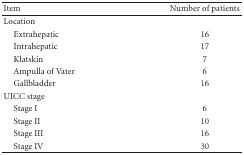
<table><thead><tr><td><b>Item</b></td><td><b>Number of patients</b></td></tr></thead><tbody><tr><td>Location</td><td></td></tr><tr><td> Extrahepatic</td><td>16</td></tr><tr><td> Intrahepatic</td><td>17</td></tr><tr><td> Klatskin</td><td>7</td></tr><tr><td> Ampulla of Vater</td><td>6</td></tr><tr><td> Gallbladder</td><td>16</td></tr><tr><td>UICC stage</td><td></td></tr><tr><td> Stage I</td><td>6</td></tr><tr><td> Stage II</td><td>10</td></tr><tr><td> Stage III</td><td>16</td></tr><tr><td> Stage IV</td><td>30</td></tr></tbody></table>